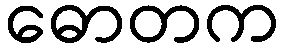
ဓောတက